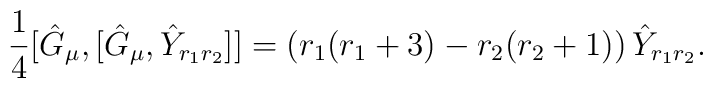
\frac{1}{4}[\hat{G}_{\mu},[\hat{G}_{\mu},\hat{Y}_{r_{1}r_{2}}]]=\left(r_{1}(r_{1}+3)-r_{2}(r_{2}+1)\right)\hat{Y}_{r_{1}r_{2}}. \label{eigenvalueofadG^{2}}